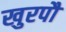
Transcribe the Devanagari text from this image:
खुरपौ